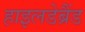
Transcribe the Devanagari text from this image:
हाइलडेब्रैंड